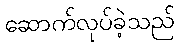
ဆောက်လုပ်ခဲ့သည်